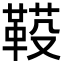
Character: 𩋐